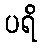
ပရိ